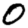
Digit: 0